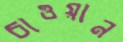
চাওয়ান